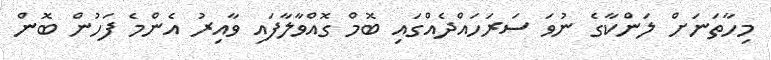
މިހާތަނަށް ލަންކާގެ ނުވަ ސަރަހައްދެއްގައި ބޮމް ގޮއްވާލާފައި ވާއިރު އެންމެ ފަހުން ބޮން